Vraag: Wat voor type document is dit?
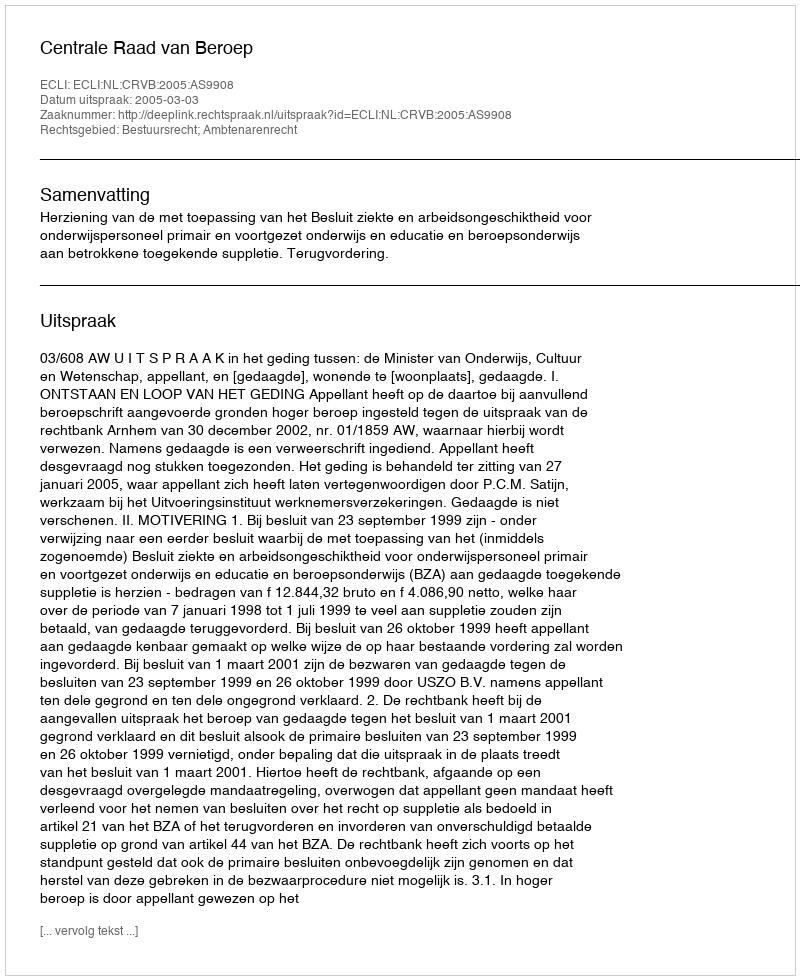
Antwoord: Uitspraak